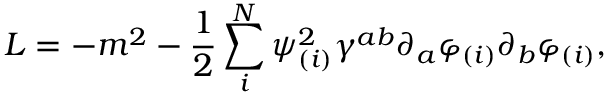
{ \cal L } = - m ^ { 2 } - { \frac { 1 } { 2 } } \sum _ { i } ^ { N } \psi _ { ( i ) } ^ { 2 } \gamma ^ { a b } \partial _ { a } \varphi _ { ( i ) } \partial _ { b } \varphi _ { ( i ) } ,